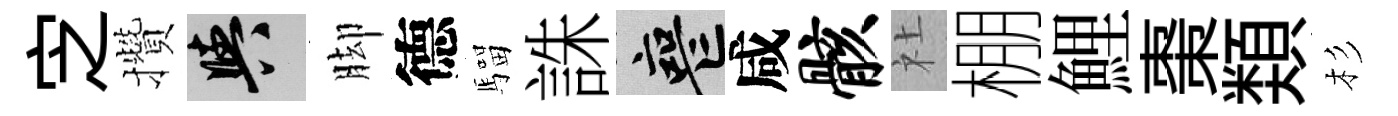
㝎攢阳脚德騮誅喪咸骸社棚鯉棗𩔖杉